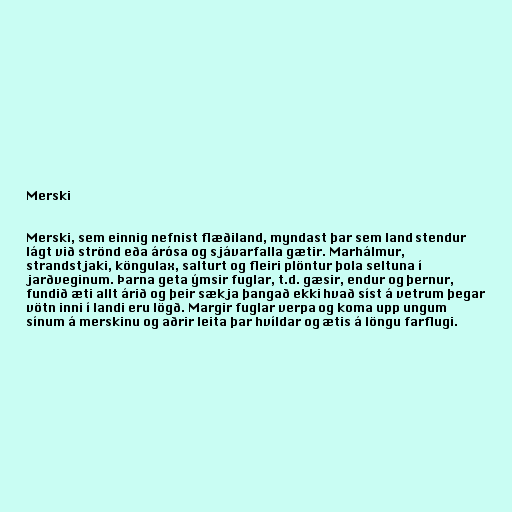
Merski

Merski, sem einnig nefnist flæðiland, myndast þar sem land stendur
lágt við strönd eða árósa og sjávarfalla gætir. Marhálmur,
strandstjaki, köngulax, salturt og fleiri plöntur þola seltuna í
jarðveginum. Þarna geta ýmsir fuglar, t.d. gæsir, endur og þernur,
fundið æti allt árið og þeir sækja þangað ekki hvað síst á vetrum þegar
vötn inni í landi eru lögð. Margir fuglar verpa og koma upp ungum
sínum á merskinu og aðrir leita þar hvíldar og ætis á löngu farflugi.